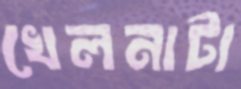
খেলনাটা